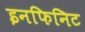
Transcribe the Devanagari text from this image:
इनफिनिट